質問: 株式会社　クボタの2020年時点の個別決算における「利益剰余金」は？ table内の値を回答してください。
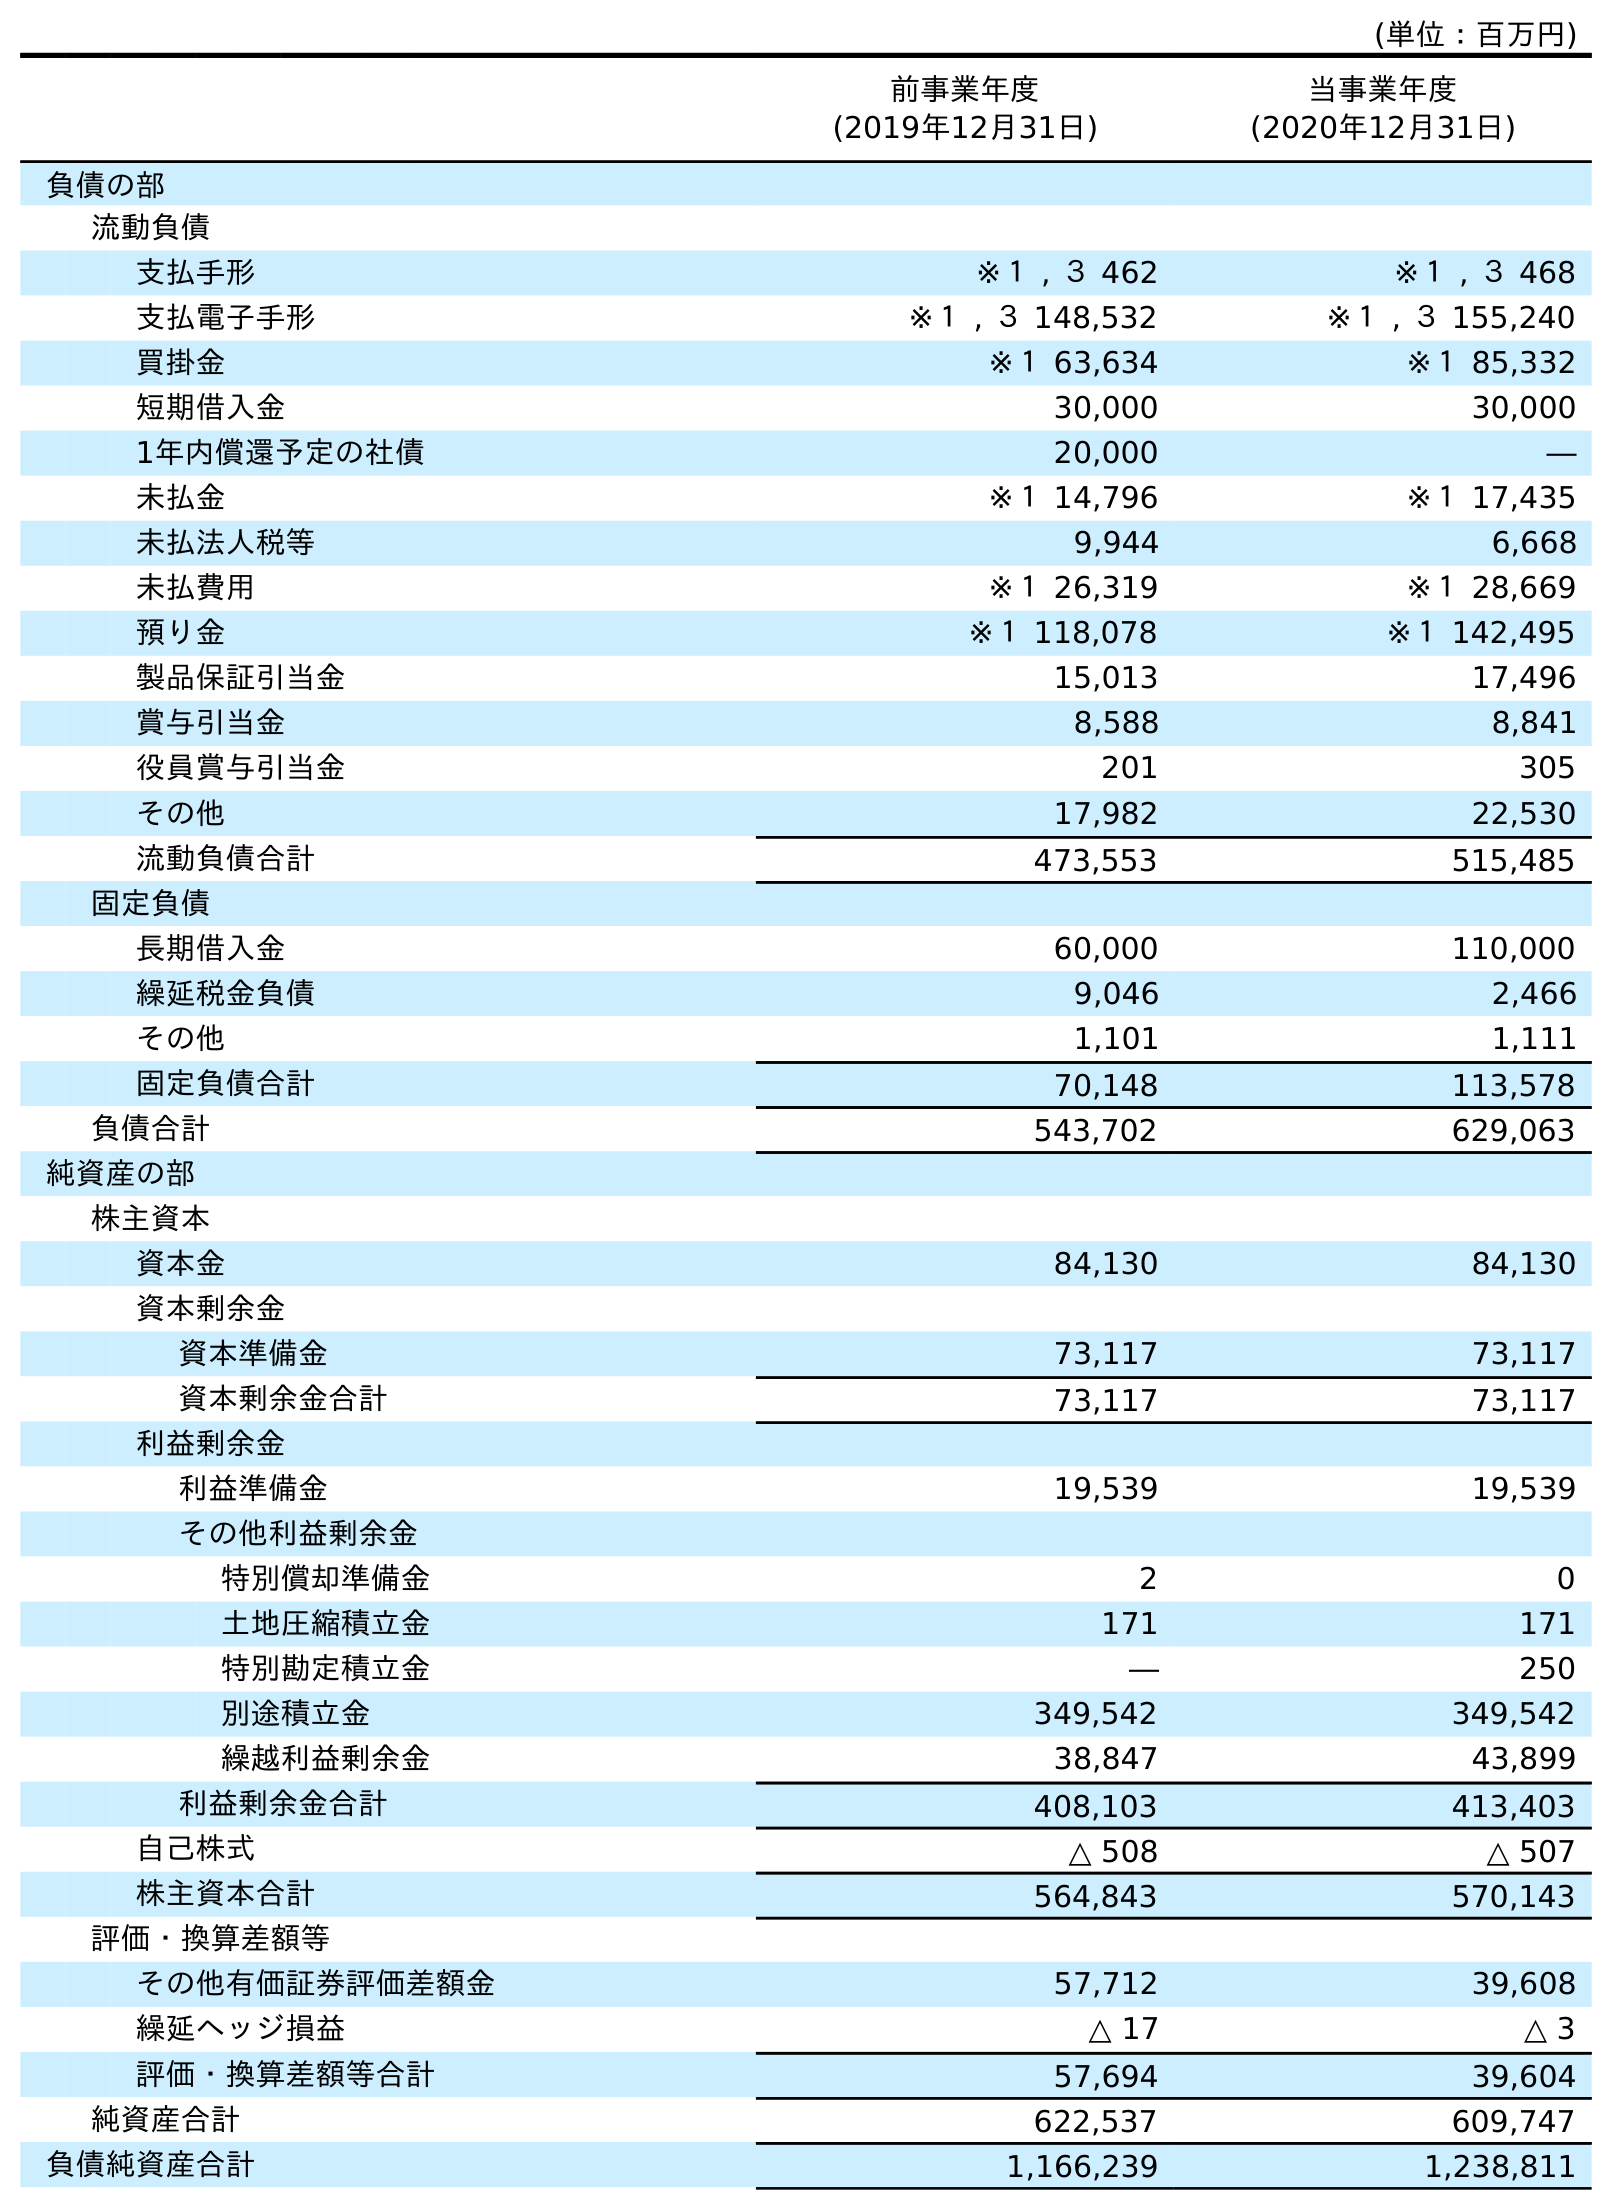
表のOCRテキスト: (単位：百万円) 前事業年度 (2019年12月31日) 当事業年度 (2020年12月31日) 負債の部 流動負債 支払手形 ※１ , ３ 462 ※１ , ３ 468 支払電子手形 ※１ , ３ 148,532 ※１ , ３ 155,240 買掛金 ※１ 63,634 ※１ 85,332 短期借入金 30,000 30,000 1年内償還予定の社債 20,000 ― 未払金 ※１ 14,796 ※１ 17,435 未払法人税等 9,944 6,668 未払費用 ※１ 26,319 ※１ 28,669 預り金 ※１ 118,078 ※１ 142,495 製品保証引当金 15,013 17,496 賞与引当金 8,588 8,841 役員賞与引当金 201 305 その他 17,982 22,530 流動負債合計 473,553 515,485 固定負債 長期借入金 60,000 110,000 繰延税金負債 9,046 2,466 その他 1,101 1,111 固定負債合計 70,148 113,578 負債合計 543,702 629,063 純資産の部 株主資本 資本金 84,130 84,130 資本剰余金 資本準備金 73,117 73,117 資本剰余金合計 73,117 73,117 利益剰余金 利益準備金 19,539 19,539 その他利益剰余金 特別償却準備金 2 0 土地圧縮積立金 171 171 特別勘定積立金 ― 250 別途積立金 349,542 349,542 繰越利益剰余金 38,847 43,899 利益剰余金合計 408,103 413,403 自己株式 △ 508 △ 507 株主資本合計 564,843 570,143 評価・換算差額等 その他有価証券評価差額金 57,712 39,608 繰延ヘッジ損益 △ 17 △ 3 評価・換算差額等合計 57,694 39,604 純資産合計 622,537 609,747 負債純資産合計 1,166,239 1,238,811
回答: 413,403